Proceedings of the meeting of veterinary officers in India
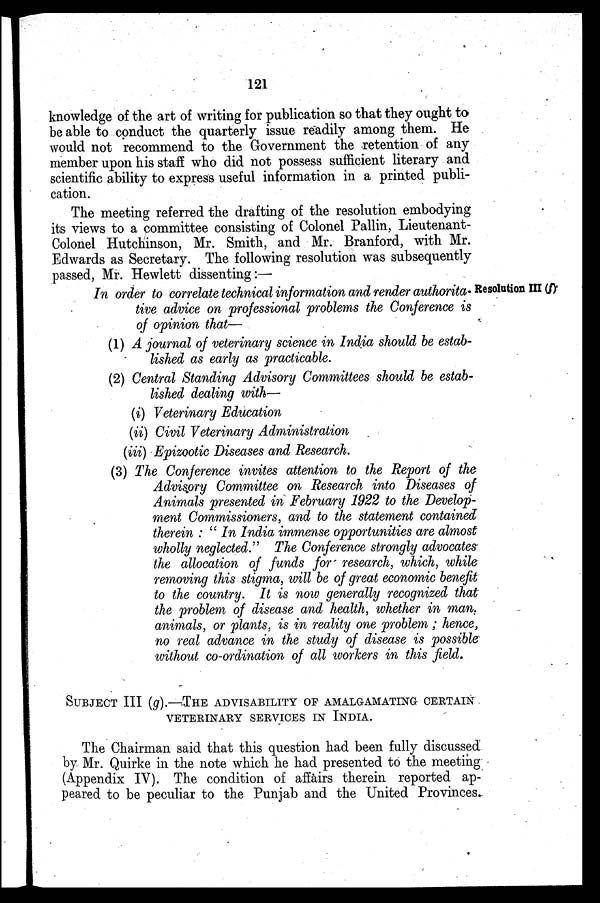
121
knowledge of the art of writing for publication so that they ought to
be able to conduct the quarterly issue readily among them. He
would not recommend to the Government the retention of any
member upon his staff who did not possess sufficient literary and
scientific ability to express useful information in a printed publi-
cation.
The meeting referred the drafting of the resolution embodying
its views to a committee consisting of Colonel Pallin, Lieutenant-
Colonel Hutchinson, Mr. Smith, and Mr. Branford, with Mr.
Edwards as Secretary. The following resolution was subsequently
passed, Mr. Hewlett dissenting:—
Resolution III (f)
In order to correlate technical information and render authorita-
tive advice on professional problems the Conference is
of opinion that—
(1) A journal of veterinary science in India should be estab-
lished as early as practicable.
(2) Central Standing Advisory Committees should be estab-
lished dealing with—
(i) Veterinary Education
(ii) Civil Veterinary Administration
(iii) Epizootic Diseases and Research.
(3) The Conference invites attention to the Report of the
Advisory Committee on Research into Diseases of
Animals presented in February 1922 to the Develop-
ment Commissioners, and to the statement contained
therein : "In India immense opportunities are almost
wholly neglected." The Conference strongly advocates
the allocation of funds for research, which, while
removing this stigma, will be of great economic benefit
to the country. It is now generally recognized that
the problem of disease and health, whether in man.
animals, or plants, is in reality one problem; hence,
no real advance in the study of disease is possible
without co-ordination of all workers in this field.
SUBJECT III (g).–THE ADVISABILITY OF AMALGAMATING CERTAIN
VETERINARY SERVICES IN INDIA.
The Chairman said that this question had been fully discussed
by Mr. Quirke in the note which he had presented to the meeting
(Appendix IV). The condition of affairs therein reported ap-
peared to be peculiar to the Punjab and the United Provinces.